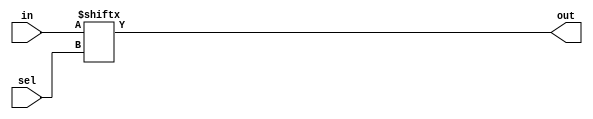
module top_module( 
    input [255:0] in,
    input [7:0] sel,
    output out );
    
    always @(*) begin
        out = in[sel];
    end

endmodule